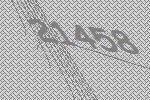
21458